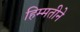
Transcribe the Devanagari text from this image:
हिम्मतीने